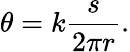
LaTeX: \theta=k{\frac{s}{2\pi r}}.